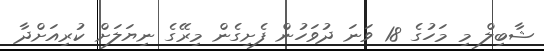
ޝާބިލް މި މަހުގެ 18 ވަނަ ދުވަހުން ފެށިގެން މިރޭގެ ނިޔަލަށް ކުރިއަށްދާ